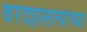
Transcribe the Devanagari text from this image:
वरदहस्तत्याच्या